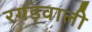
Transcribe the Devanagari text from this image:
रगड़वाली